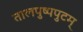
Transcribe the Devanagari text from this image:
तालपुष्पपुटम्